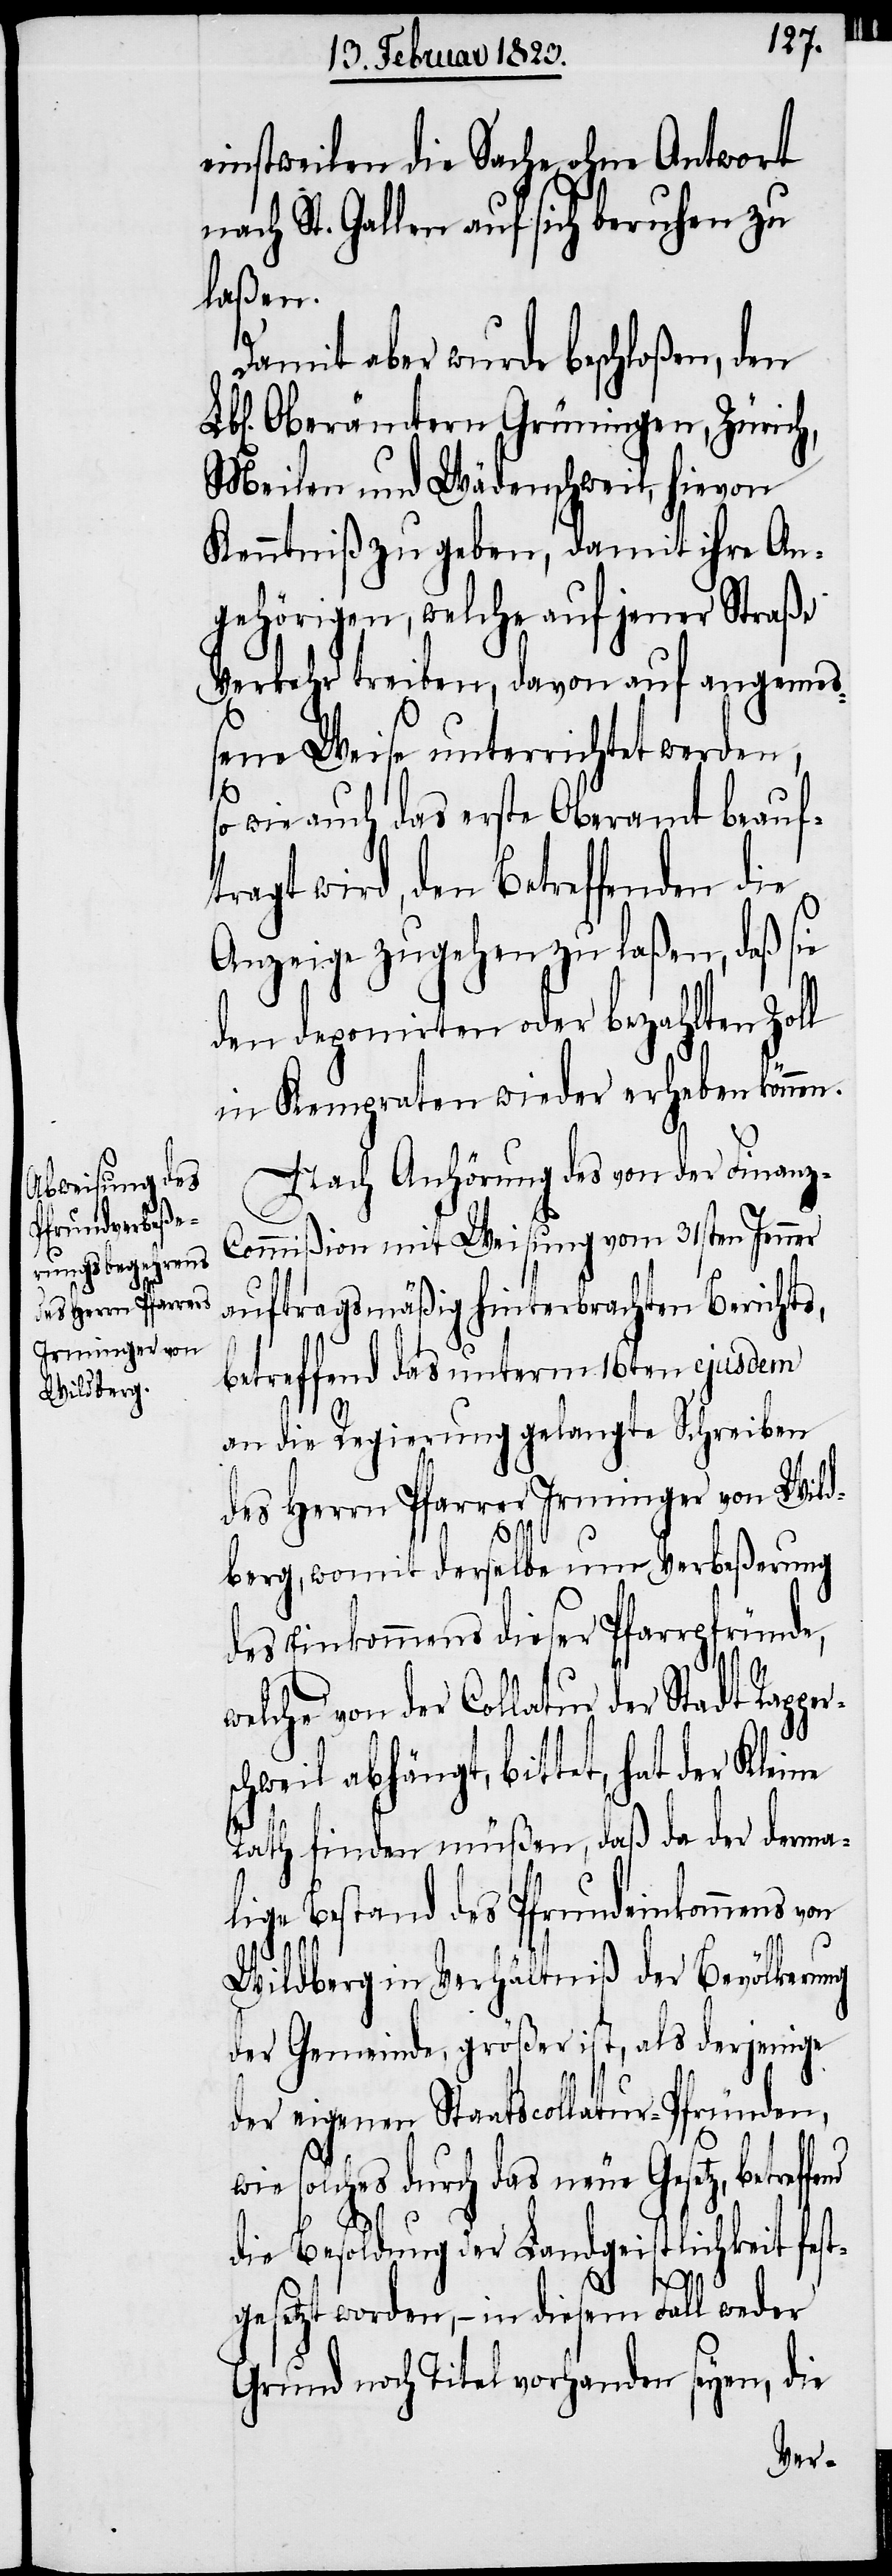
einstweilen die Sache ohne Antwort
nach St. Gallen auf sich beruhen zu
laßen.
Damit aber wurde beschloßen, den
Oberämtern Grüningen, Zürich,
Meilen und Wädenschweil, hievon
Kenntniß zu geben, damit ihre An¬
gehörigen, welche auf jener Straße
Verkehr treiben, davon auf angeme¬
ßene Weise unterrichtet werden,
so wie auch das erste Oberamt beauft¬
ragt wird, den Betreffenden die
Anzeige zugehen zu laßen, daß sie
den deponirten oder bezahlten Zoll
in Kempraten wieder erheben können.
Nach Anhörung des von der Finanz-C¬
ommißion mit Weisung vom 31sten Jenner
auftragsmäßig hinterbrachten Berichts,
betreffend das unterm 16ten ejusdem
an die Regierung gelangte Schreiben
des Herrn Pfarrer Irminger von Wild¬
berg, womit derselbe um Verbeßerung
des Einkommens dieser Pfarrpfründe,
welche von der Collatur der Stadt Rap¬
hweil abhängt, bittet, hat der Klei¬
ne
Rath finden müßen, daß da der derma¬
lige Bestand des Pfrundeinkommens
Wildberg in Verhältniß der Bevölkerung
der Gemeinde, größer ist, als derjenige
der eigenen Staatscollatur-Pfründen,
wie solches durch das neue Gesetz, betref¬
die Besoldung der Landgeistlichkeit fest¬
gesetzt worden, – in diesem Fall weder
Grund noch Titel vorhanden seyen, die

fend